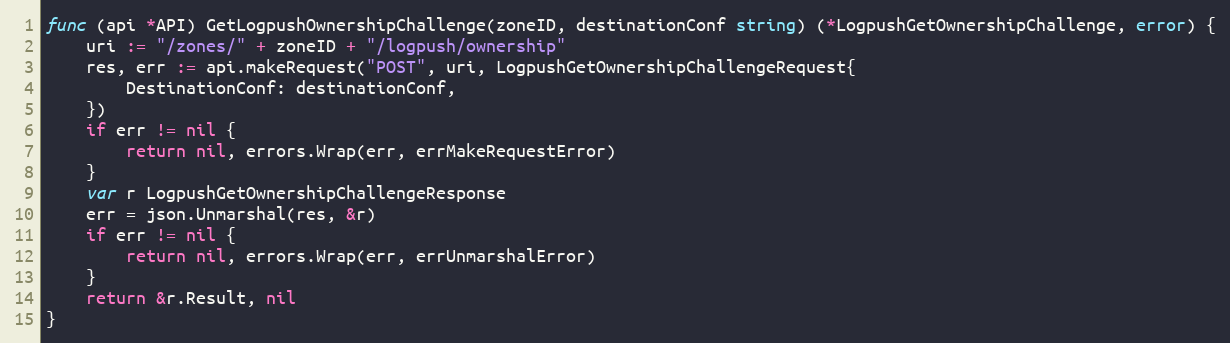
Language: Go
func (api *API) GetLogpushOwnershipChallenge(zoneID, destinationConf string) (*LogpushGetOwnershipChallenge, error) {
	uri := "/zones/" + zoneID + "/logpush/ownership"
	res, err := api.makeRequest("POST", uri, LogpushGetOwnershipChallengeRequest{
		DestinationConf: destinationConf,
	})
	if err != nil {
		return nil, errors.Wrap(err, errMakeRequestError)
	}
	var r LogpushGetOwnershipChallengeResponse
	err = json.Unmarshal(res, &r)
	if err != nil {
		return nil, errors.Wrap(err, errUnmarshalError)
	}
	return &r.Result, nil
}